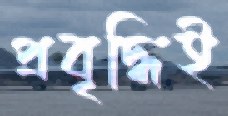
প্রবৃদ্ধিই